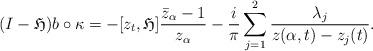
LaTeX: \begin{align*}(I-\mathfrak{{H}})b\circ \kappa=-[z_t,\mathfrak{H}]\frac{\bar{z}_{\alpha}-1}{z_{\alpha}}-\frac{i}{\pi}\sum_{j=1}^2\frac{\lambda_j}{z(\alpha,t)-z_j(t)}.\end{align*}